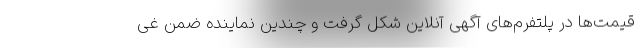
قیمت‌ها در پلتفرم‌های آگهی آنلاین شکل گرفت و چندین نماینده ضمن غی